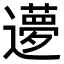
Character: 𬩝